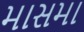
માસમા